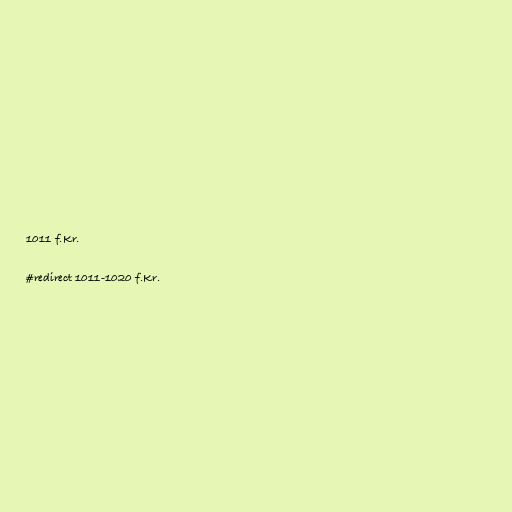
1011 f.Kr.

#redirect 1011-1020 f.Kr.